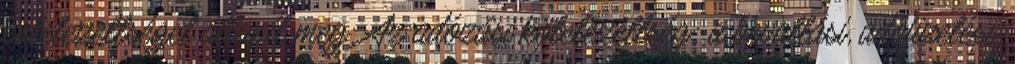
kötelezettséget állapít meg. Az adózási kötelezettség: a bevallási, adófizetési,